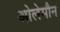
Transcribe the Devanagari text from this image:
ओलेमौन